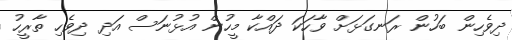
ދިވެހިން ބަހުން ރަނގަޅަށް ވާހަކަ ދައްކާ މީހުން އުޅުނަސް އަދި ދިވެހި ތާރީހު